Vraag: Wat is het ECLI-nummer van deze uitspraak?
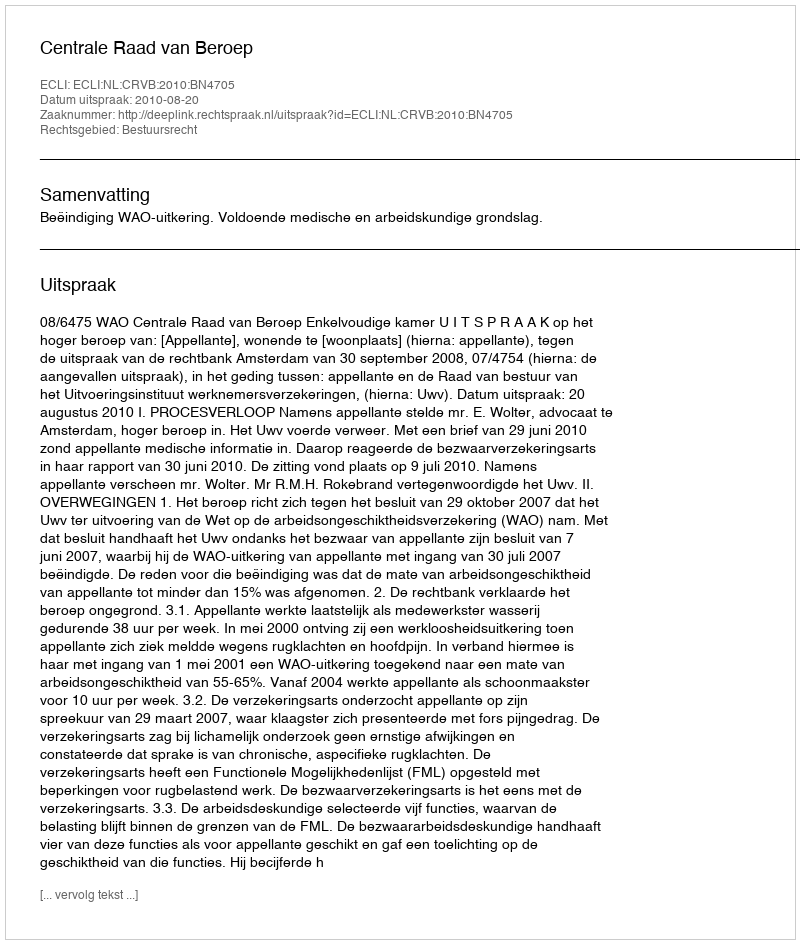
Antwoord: ECLI:NL:CRVB:2010:BN4705